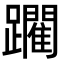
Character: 躙